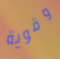
وقوية